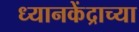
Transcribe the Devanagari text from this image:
ध्यानकेंद्राच्या